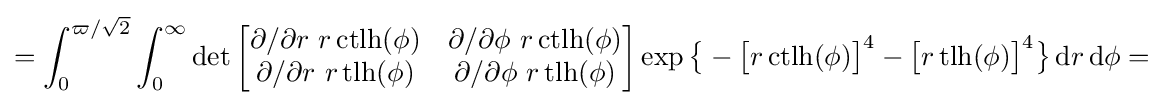
=\int _{0}^{\varpi /{\sqrt {2}}}\int _{0}^{\infty }\det {\begin{bmatrix}\partial /\partial r\,\,r\,{\text{ctlh}}(\phi )&\partial /\partial \phi \,\,r\,{\text{ctlh}}(\phi )\\\partial /\partial r\,\,r\,{\text{tlh}}(\phi )&\partial /\partial \phi \,\,r\,{\text{tlh}}(\phi )\end{bmatrix}}\exp {\bigl \{}-{\bigl [}r\,{\text{ctlh}}(\phi ){\bigr ]}^{4}-{\bigl [}r\,{\text{tlh}}(\phi ){\bigr ]}^{4}{\bigr \}}\,\mathrm {d} r\,\mathrm {d} \phi =